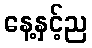
နေ့နှင့်ည